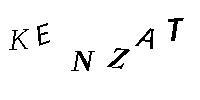
KENZAT